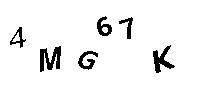
4MG67K